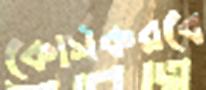
কোর্সকরবে